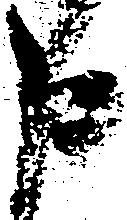
申